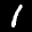
Label: 1